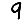
Digit: 9